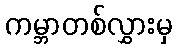
ကမ္ဘာတစ်လွှားမှ